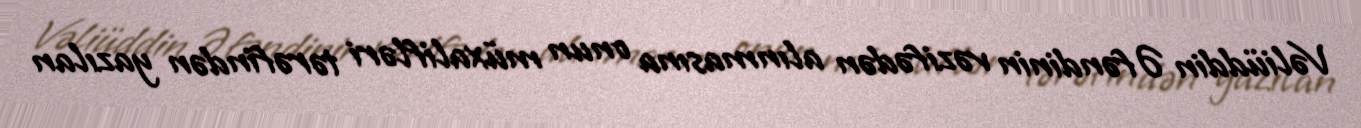
Vəliüddin Əfəndinin vəzifədən alınmasına onun müxalifləri tərəfindən yazılan